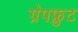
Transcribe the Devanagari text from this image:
ग्रेपफ्रुट